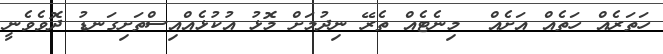
ހަތަރެއް ހަތެއް އަށެއް  މިނެޓެއް ތެރޭ ނިދުމަށް މޮޅު އުކުޅެއްއިސްތަށިގަނޑު ދޮވެވެނީ